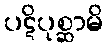
ပဋိပုစ္ဆာမိ